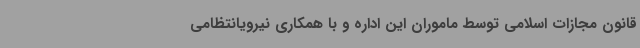
قانون مجازات اسلامی توسط ماموران این اداره و با همکاری نیرویانتظامی